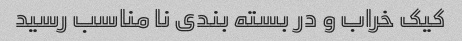
کیک خراب و در بسته بندی نا مناسب رسید